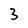
Character: 3